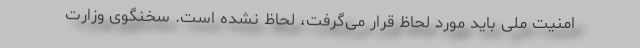
امنیت ملی باید مورد لحاظ قرار می‌گرفت، لحاظ نشده است. سخنگوی وزارت